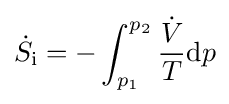
{\dot {S}}_{\text{i}}=-\int _{p_{1}}^{p_{2}}{\frac {\dot {V}}{T}}\mathrm {d} p